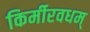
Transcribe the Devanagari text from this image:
किर्मीरवधम्